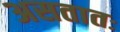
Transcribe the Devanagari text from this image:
असतातः